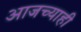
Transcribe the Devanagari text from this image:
आजच्याही